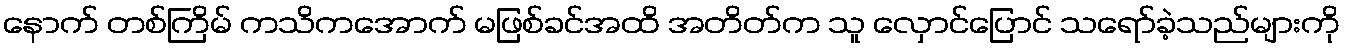
နောက် တစ်ကြိမ် ကသိကအောက် မဖြစ်ခင်အထိ အတိတ်က သူ လှောင်ပြောင် သရော်ခဲ့သည်များကို